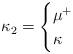
LaTeX: \begin{align*} \kappa_2=\begin{cases} \mu^+&\\ \kappa& \end{cases} \end{align*}